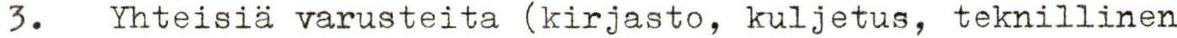
3. Yhteisiä varusteita (kirjasto, kuljetus, teknillinen